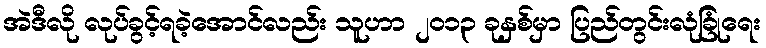
အဲဒီလို လုပ်ခွင့်ရခဲ့အောင်လည်း သူဟာ ၂၀၁၃ ခုနှစ်မှာ ပြည်တွင်းလုံခြုံရေး